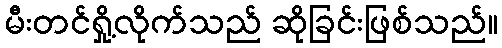
မီးတင်ရှို့လိုက်သည် ဆိုခြင်းဖြစ်သည်။